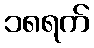
၁၈ရက်